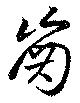
歯